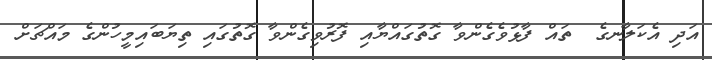
އަދި އެކަލާނގެ  ތައް ފާޅުވެގެންވާ ގޮތުގައްޔާއި ފޮރުވިގެންވާ ގޮތުގައި ތިޔަބައިމީހުންގެ މައްޗަށް